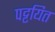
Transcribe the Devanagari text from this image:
पट्टयित